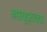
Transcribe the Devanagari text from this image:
महायुद्धच्या